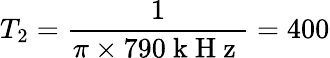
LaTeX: T_{2}=\frac{1}{\pi\times 790\mathrm{~k~H~z~}}=400